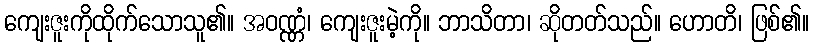
ကျေးဇူးကိုထိုက်သောသူ၏။ အဝဏ္ဏံ၊ ကျေးဇူးမဲ့ကို။ ဘာသိတာ၊ ဆိုတတ်သည်။ ဟောတိ၊ ဖြစ်၏။